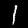
Label: 1